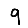
Digit: 9